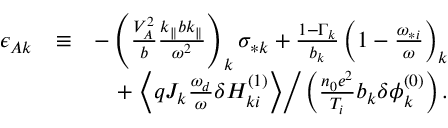
\begin{array} { r l r } { \epsilon _ { A k } } & { \equiv } & { - \left( \frac { V _ { A } ^ { 2 } } { b } \frac { k _ { \parallel } b k _ { \parallel } } { \omega ^ { 2 } } \right) _ { k } \sigma _ { * k } + \frac { 1 - \Gamma _ { k } } { b _ { k } } \left( 1 - \frac { \omega _ { * i } } { \omega } \right) _ { k } } \\ & { } & { + \left. \left\langle q J _ { k } \frac { \omega _ { d } } { \omega } \delta H _ { k i } ^ { ( 1 ) } \right\rangle \right/ \left( \frac { n _ { 0 } e ^ { 2 } } { T _ { i } } b _ { k } \delta \phi _ { k } ^ { ( 0 ) } \right) . } \end{array}